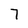
Character: 7